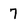
Character: 7